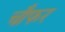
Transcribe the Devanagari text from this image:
चौफर